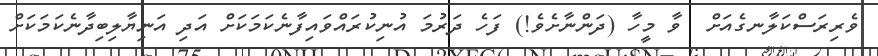
ވެރިރަސްކަލާނގެއަށް  ވާ މީހާ (ދަންނާށެވެ!) ފަހެ ދަރުމަ އުނިކުރައްވައިފާނެކަމަކަށް އަދި އަނިޔާލިބިދާނެކަމަކަށް